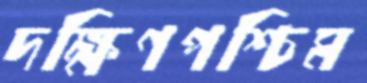
দক্ষিণপশ্চিম